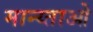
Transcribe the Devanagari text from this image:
मान्य्ताओ